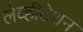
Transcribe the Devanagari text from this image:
लेव्हीटेशन